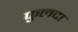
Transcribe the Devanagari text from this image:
फुलदा